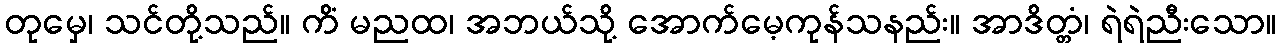
တုမှေ၊ သင်တို့သည်။ ကိံ မညထ၊ အဘယ်သို့ အောက်မေ့ကုန်သနည်း။ အာဒိတ္တံ၊ ရဲရဲညီးသော။